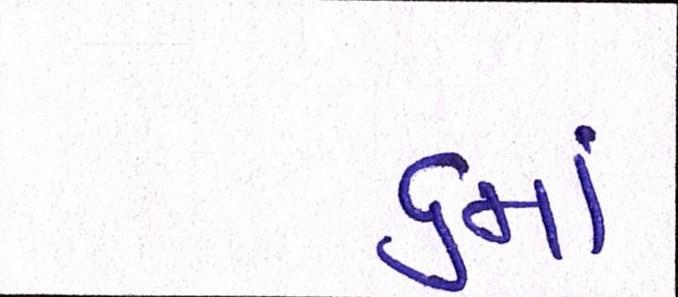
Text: ૬માં